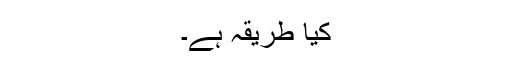
کیا طریقہ ہے۔